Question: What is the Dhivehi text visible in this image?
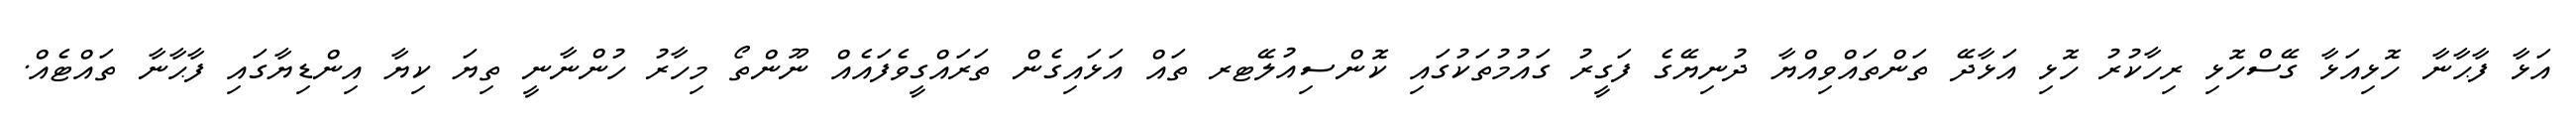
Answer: އަޅާ ފާޙާނާ ހޮޅިއަޅާ ގޭސްހޮޅި ރިހާކުރު ހޮޅި އަޅާދޭ ތަންތައްވިއްޔާ ދުނިޔޭގެ ފަގީރު ގައުމުތަކުގައި ކޮންސިއުލޭޓރ ތައް އަޅައިގެން ތަރައްގީވެފައެއް ނޫންތޯ މިހާރު ހުންނާނީ ތިޔަ ކިޔާ އިންޑިޔާގައި ފާޙާނާ ތައްޓެއް.